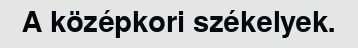
A középkori székelyek.